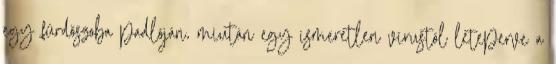
egy fürdõszoba padlóján, miután egy ismeretlen vírustól leteperve a